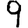
Digit: 9